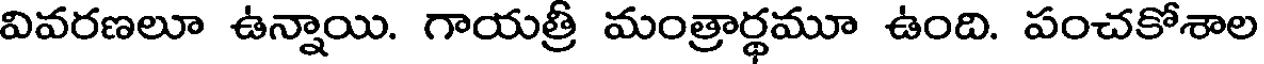
వివరణలూ ఉన్నాయి. గాయత్రీ మంత్రార్థమూ ఉంది. పంచకోశాల